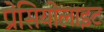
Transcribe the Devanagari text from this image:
प्रेसियोलाइट